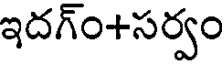
ఇదగ్ం+సర్వం